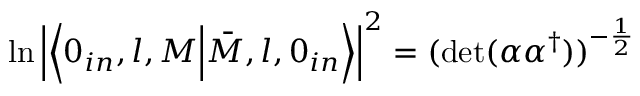
\ln \left| \left\langle 0 _ { i n } , l , M \Bigl | \bar { M } , l , 0 _ { i n } \right\rangle \right| ^ { 2 } = ( \mathrm { d e t } ( \alpha \alpha ^ { \dagger } ) ) ^ { - \frac { 1 } { 2 } }